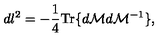
d l ^ { 2 } = - \frac { 1 } { 4 } \mathrm { T r } \{ d { \cal M } d { \cal M } ^ { - 1 } \} ,